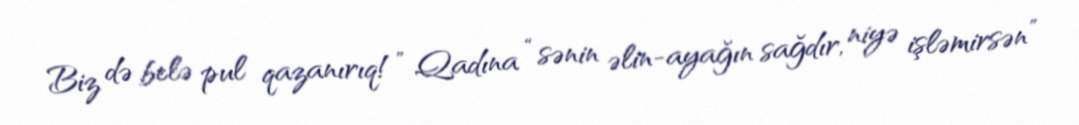
Biz də belə pul qazanırıq!” Qadına “sənin əlin-ayağın sağdır, niyə işləmirsən”